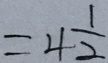
= 4 \frac { 1 } { 2 }